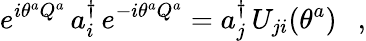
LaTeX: e^{i\theta^{a}Q^{a}}\, a_{i}^{\dagger}\, e^{-i\theta^{a}Q^{a}}=a_{j}^{\dagger}\, U_{ji}(\theta^{a})\ \ \ ,